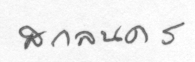
สกลนคร